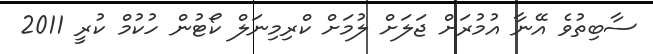
ސާބިތުވެ އޭނާ އުމުރަށް ޖަލަށް ލުމަށް ކްރިމިނަލް ކޯޓުން ހުކުމް ކުރީ 2011